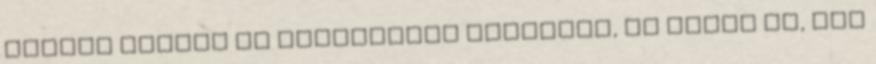
akinek szabad az unokájával játszani, és olyan is, aki